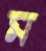
ম